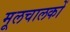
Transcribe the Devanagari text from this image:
मूलचालकों